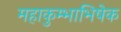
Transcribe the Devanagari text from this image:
महाकुम्भाभिषेक